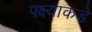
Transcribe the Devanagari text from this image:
पक्ष्याकडे